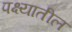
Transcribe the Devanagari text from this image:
पक्ष्यातील